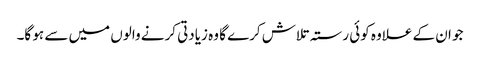
جو ان کے علاوہ کوئی رستہ تلاش کرے گا وہ زیادتی کرنے والوں میں سے ہو گا۔